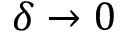
\delta \rightarrow 0